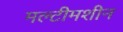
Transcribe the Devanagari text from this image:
मल्टीमशीन